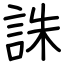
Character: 誅